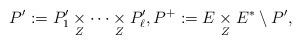
LaTeX: \begin{align*}P':=P'_1 \underset{Z}{\times} \cdots \underset{Z}{\times} P'_\ell, P^+:= E \underset{Z}{\times} E^* \setminus P',\end{align*}